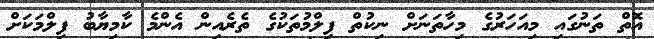
އޮތް ތަނުގައި މިއަހަރުގެ މިހާތަނަށް ނިކުތް ފިލްމުތަކުގެ ތެރެއިން އެންމެ ކާމިޔާބު ފިލްމަކަށް